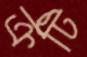
ক্রটি